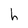
Character: h